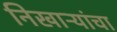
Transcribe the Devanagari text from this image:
निखाऱ्यांचा